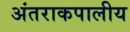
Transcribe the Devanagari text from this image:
अंतराकपालीय